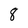
Character: 8